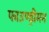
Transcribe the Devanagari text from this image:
फाउण्ड्रीमन